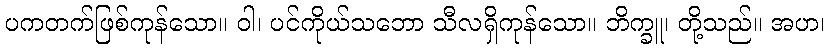
ပကတက်ဖြစ်ကုန်သော။ ဝါ၊ ပင်ကိုယ်သဘော သီလရှိကုန်သော။ ဘိက္ခူ၊ တို့သည်။ အဟ၊